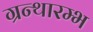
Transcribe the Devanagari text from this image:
ग्रन्थारम्भ